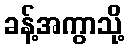
ခန့်အကွာသို့